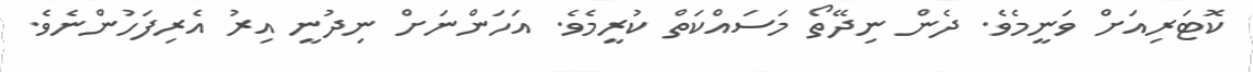
ކޮޓަރިއަށް ވަނީމެވެ. ދެން ނިދޭތޯ މަސައްކަތް ކުރީމެވެ. އަހަންނަށް ނިދުނީ އިރު އެރިފަހުންނެވެ.